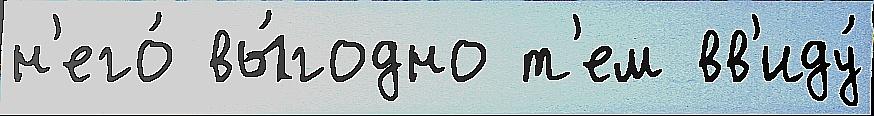
н'его́ вы́годно т'ем вв'иду́